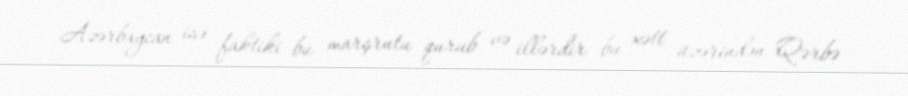
Azərbaycan isə faktiki bu marşrutu qurub və illərdir bu xətt üzərindən Qərbə